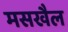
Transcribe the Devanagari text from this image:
मसखैल